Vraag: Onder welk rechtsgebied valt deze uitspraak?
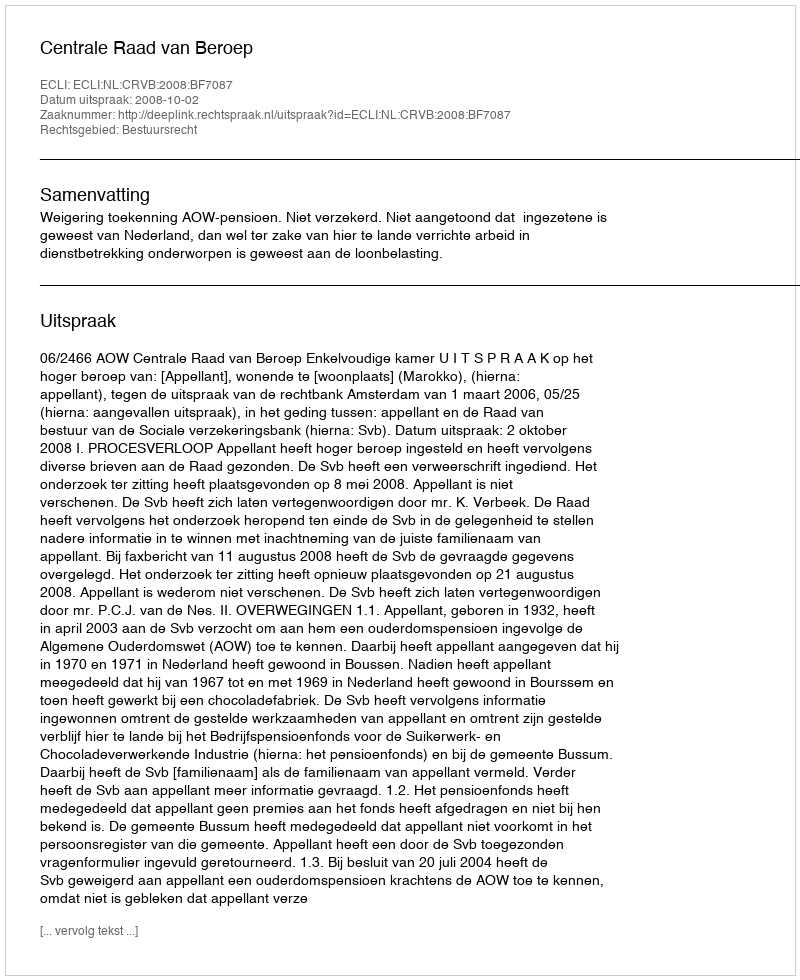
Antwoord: Bestuursrecht